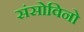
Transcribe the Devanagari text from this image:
संसोविनो